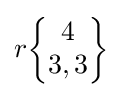
r{\begin{Bmatrix}4\\3,3\end{Bmatrix}}